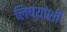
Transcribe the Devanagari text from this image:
लिप्यांशी